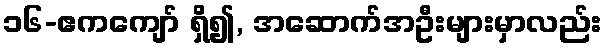
၁၆-ဧကကျော် ရှိ၍, အဆောက်အဦးများမှာလည်း